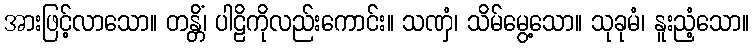
အားဖြင့်လာသော။ တန္တိံ၊ ပါဠိကိုလည်းကောင်း။ သဏှံ၊ သိမ်မွေ့သော။ သုခုမံ၊ နူးညံ့သော။